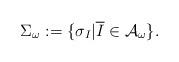
LaTeX: \begin{align*}\Sigma_\omega:=\{\sigma_I|\overline{I}\in \mathcal A_\omega\}.\end{align*}